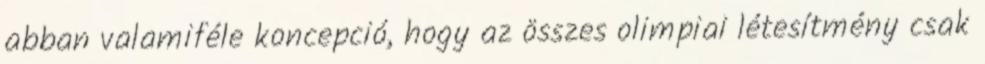
abban valamiféle koncepció, hogy az összes olimpiai létesítmény csak